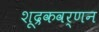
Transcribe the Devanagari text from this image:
शूद्रकवर्णन